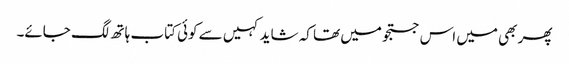
پھر بھی میں اس جستجو میں تھا کہ شاید کہیں سے کوئی کتاب ہاتھ لگ جائے۔